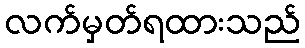
လက်မှတ်ရထားသည်